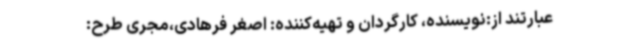
عبارتند از:نویسنده، کارگردان و تهیه‌کننده: اصغر فرهادی،مجری طرح: